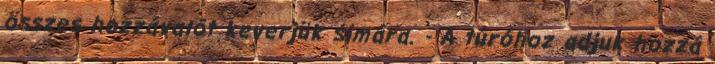
összes hozzávalót keverjük simára. - A túróhoz adjuk hozzá